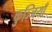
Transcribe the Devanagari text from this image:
कुञ्जियाँ